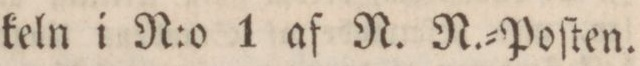
keln i N:o 1 af N. N.=Poſten.